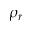
\rho _ { r }